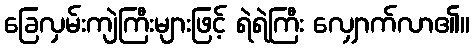
ခြေလှမ်းကျဲကြီးများဖြင့် ရဲရဲကြီး လျှောက်လာ၏။